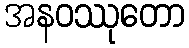
အနဝဿုတော